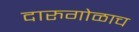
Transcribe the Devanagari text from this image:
दारुगोळाच